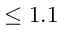
\leq 1 . 1